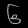
Digit: ၆